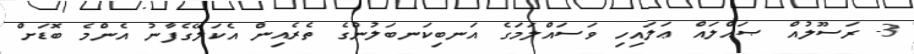
3- ރަސޫލުއް ޞައްލައް ޢަލައިހި ވަސައްލަމަގެ އަނބިކަނބަލުންގެ ތެރެއިން އެކަލޭގެފާނު އެންމެ ބޮޑަށް